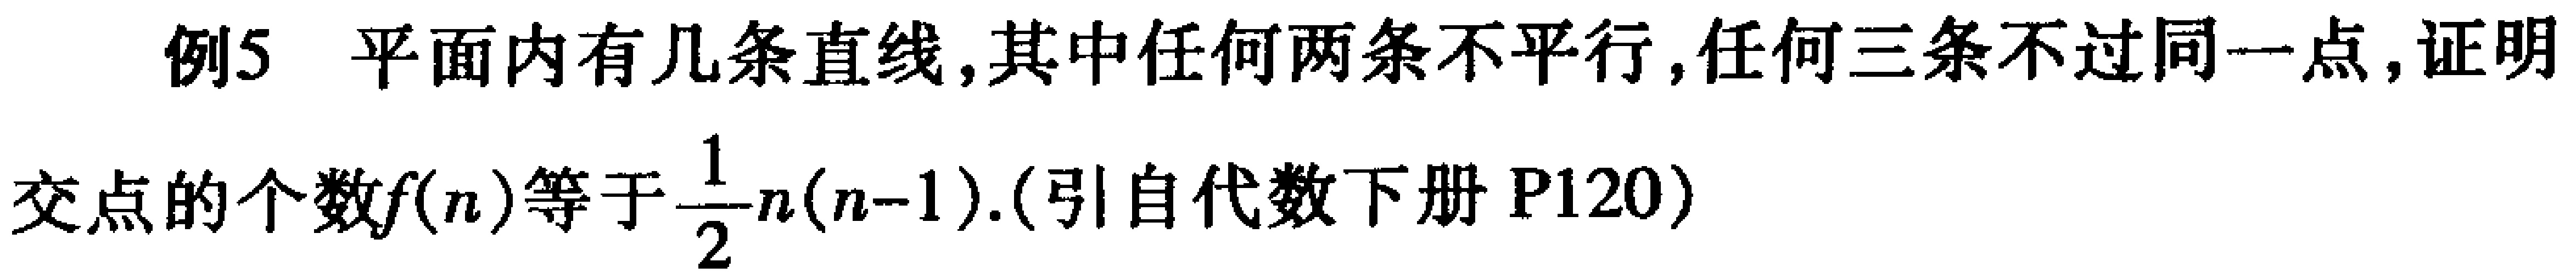
例5 平面内有几条直线,其中任何两条不平行,任何三条不过同一点,证明
交点的个数\(f(n)\)等于\(\frac{1}{2}n(n - 1)\).(引自代数下册P120)